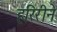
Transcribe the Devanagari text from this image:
हरिरीने